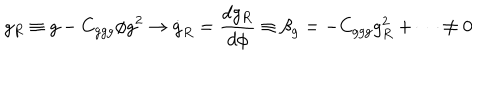
LaTeX: g _ { R } \equiv g - C _ { g g g } \phi g ^ { 2 } \to \dot { g } _ { R } = { \frac { d g _ { R } } { d \phi } } \equiv \beta _ { g } = - C _ { g g g } g _ { R } ^ { 2 } + \cdots \not = 0